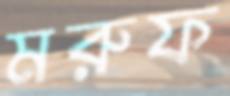
মরুফ